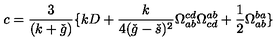
c = \frac { 3 } { ( k + \check { g } ) } \{ k D + \frac { k } { 4 ( \check { g } - \check { s } ) ^ { 2 } } \Omega _ { a b } ^ { c d } \Omega _ { c d } ^ { a b } + \frac { 1 } { 2 } \Omega _ { a b } ^ { b a } \}